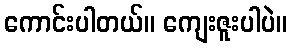
ကောင်းပါတယ်။ ကျေးဇူးပါပဲ။